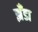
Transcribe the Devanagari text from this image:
झँडा